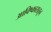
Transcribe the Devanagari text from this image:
आविष्कारातून